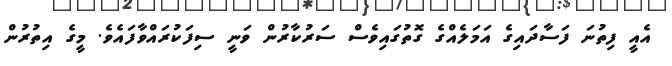
އެއީ ފިތުނަ ފަސާދައިގެ އަމަލެއްގެ ގޮތުގައިވެސް ސަރުކާރުން ވަނީ ސިފަކުރައްވާފައެވެ. މީގެ އިތުރުން